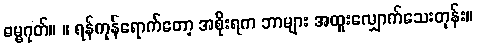
ဓမ္မဂုတ်။ ။ ရန်ကုန်ရောက်တော့ အစိုးရက ဘာများ အထူးလျှောက်သေးတုန်း။